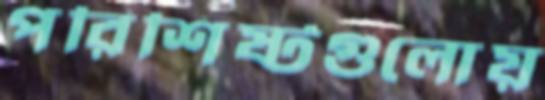
পরিশিষ্টগুলোয়